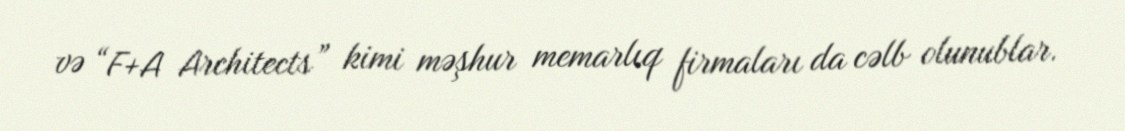
və “F+A Architects” kimi məşhur memarlıq firmaları da cəlb olunublar.